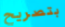
بتصريح